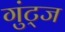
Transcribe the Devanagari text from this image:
गुंट्ज